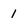
Character: 1